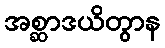
အစ္ဆာဒယိတွာန